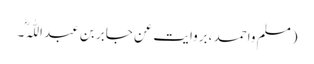
(مسلم واحمد ،بروایت عن جابر بن عبد اللّٰہ ؓ۔